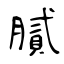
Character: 膩